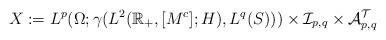
LaTeX: \begin{align*} X:= L^{p}(\Omega;\gamma(L^2(\mathbb R_+,[M^{c}];H),L^q(S))) \times \mathcal I_{p,q} \times \mathcal A_{p, q}^{\mathcal T} \end{align*}